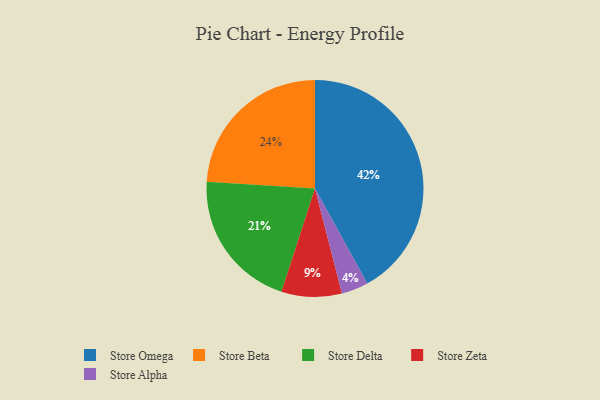
{"axis": {"x": "Category", "y": "Percentage"}, "legend": ["Store Alpha", "Store Beta", "Store Delta", "Store Omega", "Store Zeta"], "data": [{"x": "Store Zeta", "y": 9, "type": "Store Zeta"}, {"x": "Store Delta", "y": 21, "type": "Store Delta"}, {"x": "Store Omega", "y": 42, "type": "Store Omega"}, {"x": "Store Beta", "y": 24, "type": "Store Beta"}, {"x": "Store Alpha", "y": 4, "type": "Store Alpha"}]}